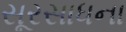
સૂરસાધના